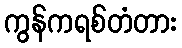
ကွန်ကရစ်တံတား